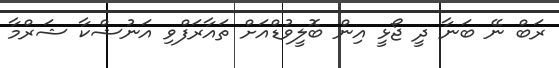
ރަބް ނޭ ބަނާ ދީ ޖޯޅީ އިން ބޮލީވުޑްއަށް ތައާރަފްވި އަނުޝްކާ ޝަރްމާ